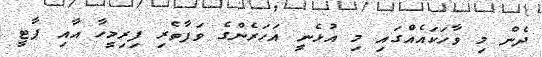
ދެން މި ވާހަކައެއްގައި މި އުޅެނީ އަހަރެންގެ ވަފާތެރި ފިރިމީހާ އާއި ޕާޓީ